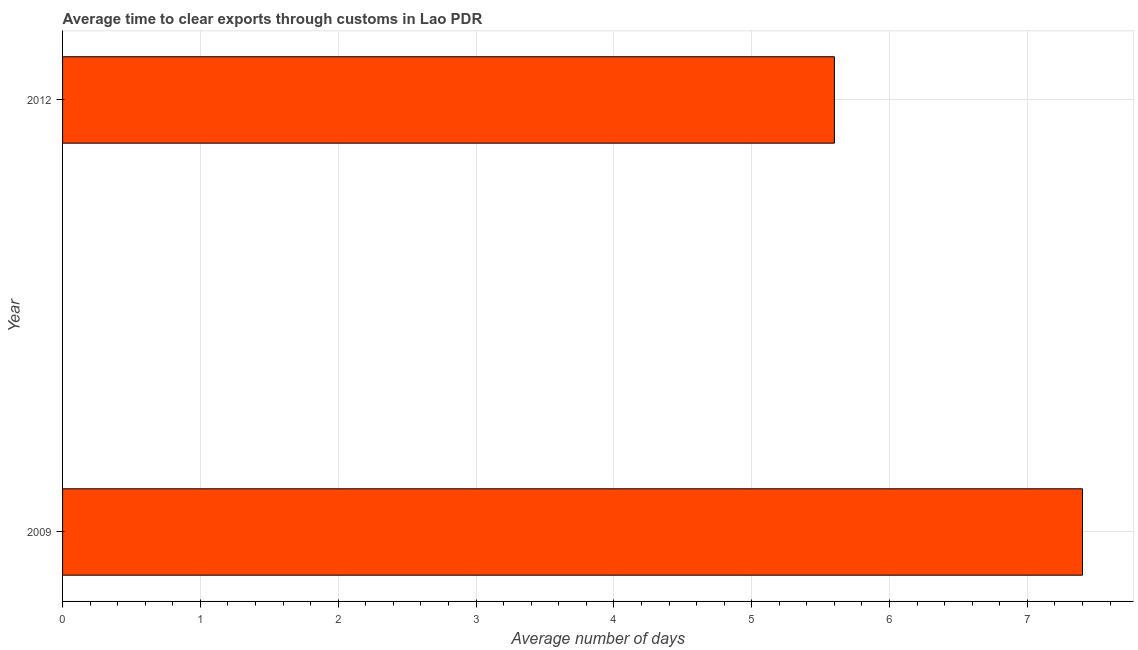
| Year | Time to clear exports through customs |
 | --- | --- |
 | 2009 | 7.4 |
 | 2012 | 5.6 |